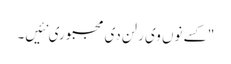
" کسے نوں وی رلن دی مجبوری نئیں۔